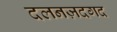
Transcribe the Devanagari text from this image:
दलनज़दगद